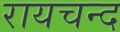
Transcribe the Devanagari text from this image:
रायचन्द